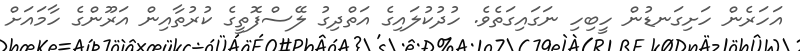
އަހަރެން ހަށިގަނޑުން ހީބިހި ނަގައިގަތެވެ. ހުދުކުލައިގެ އަތްދިގު ލޭސްފޮތީގެ ކުރުތާއިން އަރޫންގެ ހާމައަށް